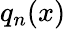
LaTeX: q_{n}(x)